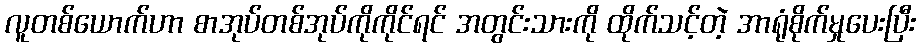
လူတစ်ယောက်ဟာ စာအုပ်တစ်အုပ်ကိုကိုင်ရင် အတွင်းသားကို ထိုက်သင့်တဲ့ အာရုံစိုက်မှုပေးပြီး